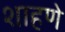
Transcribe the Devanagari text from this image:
शाहणे